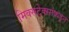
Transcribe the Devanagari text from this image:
मिक्सटेक्सांकडून